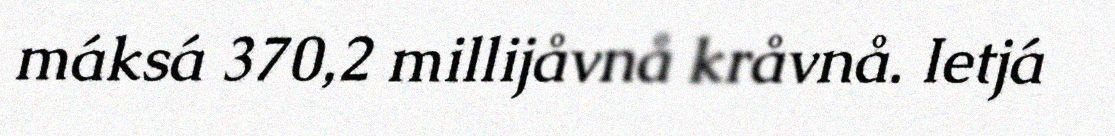
máksá 370,2 millijåvnå kråvnå. Ietjá